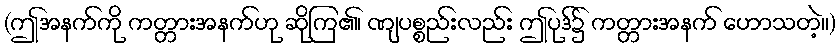
(ဤအနက်ကို ကတ္တားအနက်ဟု ဆိုကြ၏၊ ဏျပစ္စည်းလည်း ဤပုဒ်၌ ကတ္တားအနက် ဟောသတဲ့။)